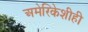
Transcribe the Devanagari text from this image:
अमेरिकेशीही